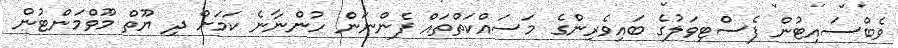
ވެބްސައިޓުން ފެސްޓިވަލުގެ ބައިވެރިންގެ މަސައްކަތްތައް ފެންނަން ހުންނާނެ ކަމަށް ދި ޔޫތް މޫވްމަންޓުން